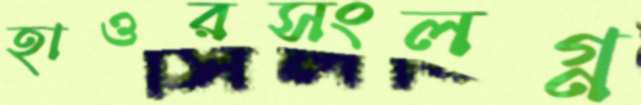
হাওরসংলগ্ন